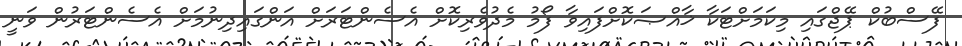
ފޭސްބުކް ޕޭޖްގައި މިކަމަށްޓަކާ ޚާއްޞަކޮށްފައިވާ ފޯމު މެދުވެރިކޮށް އެސެންޓަރަށް އަންގައިދިނުމަށް އެސެންޓަރުން ވަނީ